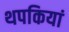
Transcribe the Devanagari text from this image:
थपकियां